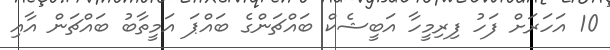
10 އަހަރަށް ފަހު ފިރިމީހާ އަބީޝެކް ބައްޗަންގެ ބައްޕަ އަމީތާބު ބައްޗަން އާއި